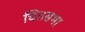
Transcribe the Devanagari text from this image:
चितसभा